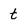
Character: t